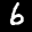
Label: 6